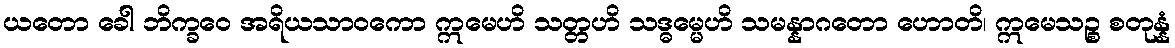
ယတော ခေါ ဘိက္ခဝေ အရိယသာဝကော ဣမေဟိ သတ္တဟိ သဒ္ဓမ္မေဟိ သမန္နာဂတော ဟောတိ၊ ဣမေသဉ္စ စတုန္နံ